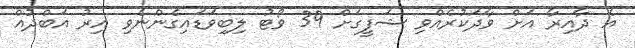
އެ ދާއިރާ އަށް ވާދަކުރެއްވި ޝަފީގަށް 39 ވޯޓު ލިބިވަޑައިގެންނެވި އިރު އަބްދުއް